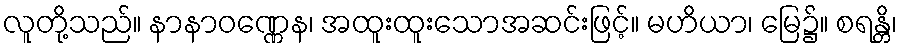
လူတို့သည်။ နာနာဝဏ္ဏေန၊ အထူးထူးသောအဆင်းဖြင့်။ မဟိယာ၊ မြေ၌။ စရန္တိ၊